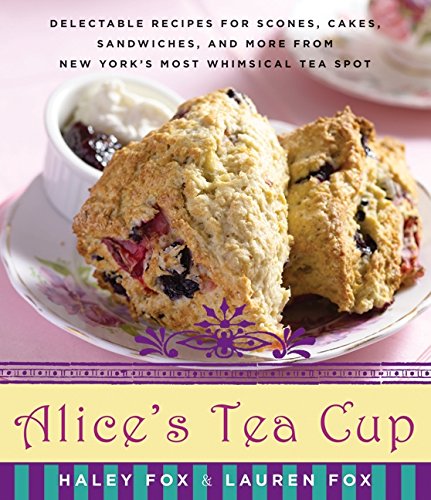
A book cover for Alice's Tea Cup: Delectable Recipes for Scones, Cakes, Sandwiches, and More from New York's Most Whimsical Tea Spot; Haley Fox; Cookbooks, Food & Wine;